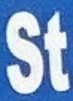
St